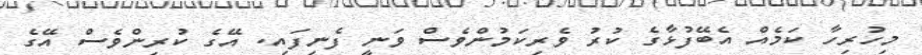
މިހުރިހާ ކަމެއް އެބޭފުޅާގެ ކުރު ވެރިކަމުންވެސް ވަނީ ފެނިފައި. އޭގެ ކުރިންވެސް އޭގެ